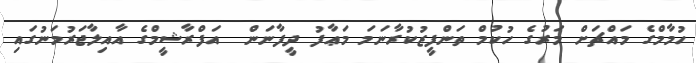
ހުމާމްގެ މައްޗަށް މަރުގެ ހުކުމް ތަންފީޒުކުރާނަމަ މަޢާފު ދީފާނަން  އަފްރާޝީމްގެ އާއިލާޖަރުމަނުގައި